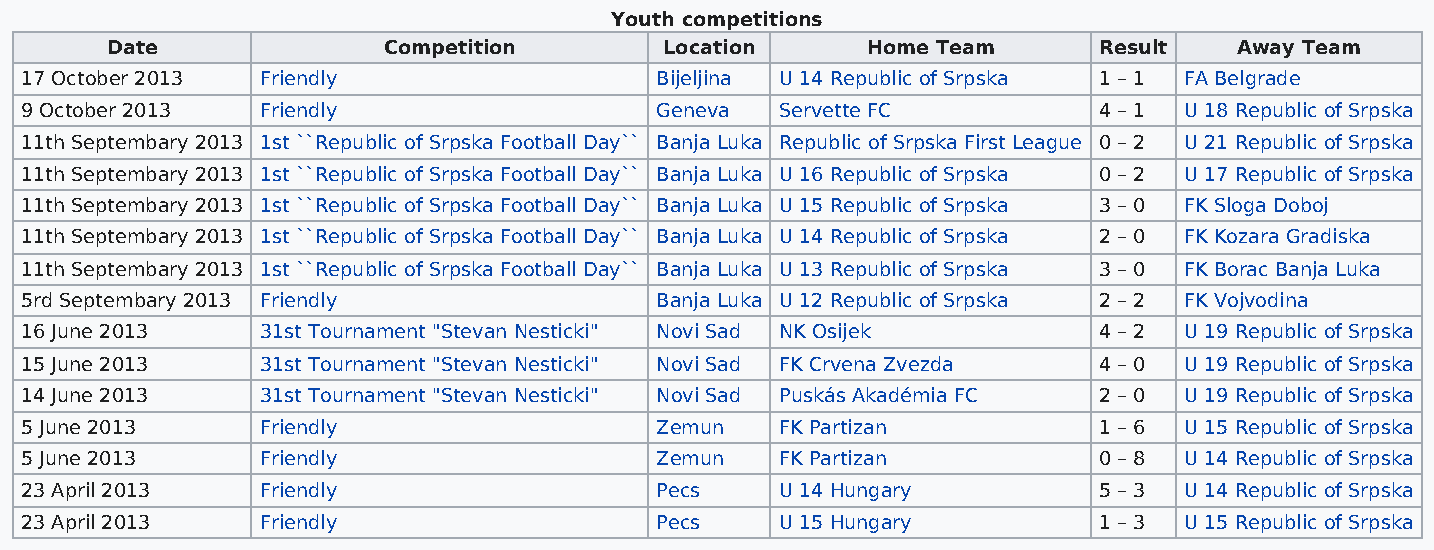
Youth competitions
 Date              Competition        Location     Home Team       Result   Away Team
 17 October 2013 Friendly                  Bijeljina U 14 Republic of Srpska 1 – 1 FA Belgrade
 9 October 2013  Friendly                  Geneva   Servette FC          4 – 1 U 18 Republic of Srpska
 11th Septembary 2013 1st ``Republic of Srpska Football Day`` Banja Luka Republic of Srpska First League 0 – 2 U 21 Republic of Srpska
 11th Septembary 2013 1st ``Republic of Srpska Football Day`` Banja Luka U 16 Republic of Srpska 0 – 2 U 17 Republic of Srpska
 11th Septembary 2013 1st ``Republic of Srpska Football Day`` Banja Luka U 15 Republic of Srpska 3 – 0 FK Sloga Doboj
 11th Septembary 2013 1st ``Republic of Srpska Football Day`` Banja Luka U 14 Republic of Srpska 2 – 0 FK Kozara Gradiska
 11th Septembary 2013 1st ``Republic of Srpska Football Day`` Banja Luka U 13 Republic of Srpska 3 – 0 FK Borac Banja Luka
 5rd Septembary 2013 Friendly              Banja Luka U 12 Republic of Srpska 2 – 2 FK Vojvodina
 16 June 2013    31st Tournament "Stevan Nesticki" Novi Sad NK Osijek    4 – 2 U 19 Republic of Srpska
 15 June 2013    31st Tournament "Stevan Nesticki" Novi Sad FK Crvena Zvezda 4 – 0 U 19 Republic of Srpska
 14 June 2013    31st Tournament "Stevan Nesticki" Novi Sad Puskás Akadémia FC 2 – 0 U 19 Republic of Srpska
 5 June 2013     Friendly                  Zemun    FK Partizan          1 – 6 U 15 Republic of Srpska
 5 June 2013     Friendly                  Zemun    FK Partizan          0 – 8 U 14 Republic of Srpska
 23 April 2013   Friendly                  Pecs     U 14 Hungary         5 – 3 U 14 Republic of Srpska
 23 April 2013   Friendly                  Pecs     U 15 Hungary         1 – 3 U 15 Republic of Srpska